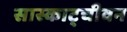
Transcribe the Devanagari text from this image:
सास्काट्चीवन